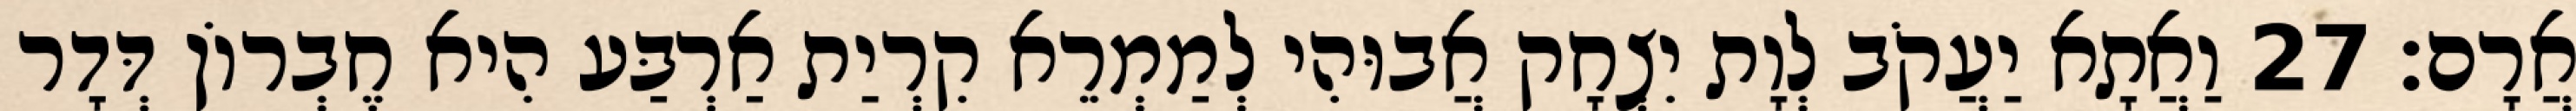
אֲרָם׃ 27 וַאֲתָא יַעֲקֹב לְוָת יִצְחָק אֲבוּהִי לְמַמְרֵא קִרְיַת אַרְבַּע הִיא חֶבְרוֹן דְּדָר